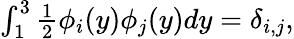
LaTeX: \begin{array}{r}{\int_{1}^{3}\frac{1}{2}\phi_{i}(y)\phi_{j}(y)dy=\delta_{i,j},}\end{array}